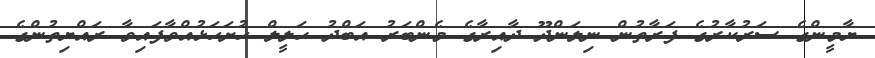
ޔާމީންގެ ސަރުކާރުގެ ފަރާތުން ނިލަންދޫ ދާއިރާގެ މެންބަރު އަބްދު ޙަލީލް ހުށަހަޅުއްވާފައިވާ ރައްޔިތުންގެ